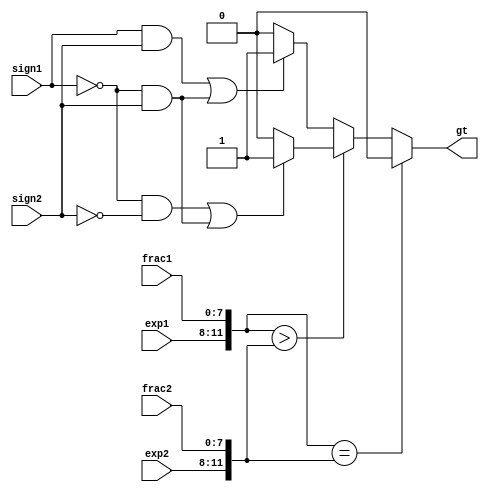
// Floating point greater-than circuit
// out == 1 when 1 > 2

module fp_gt
    (
    input  wire      sign1, sign2,
    input  wire[3:0] exp1,  exp2,
    input  wire[7:0] frac1, frac2,
    output reg       gt
    );

    // body
    always @*
    begin
        // sort input with greatest absolute value
        if ({exp1, frac1} == {exp2, frac2}) gt = 1'b0;
        else if ({exp1, frac1} > {exp2, frac2})
            begin
                if ((sign1 == 1'b0 && sign2 == 1'b0)
                     || (sign1 == 1'b0 && sign2 == 1'b1)) gt = 1'b1;
                else gt = 1'b0;
            end
        else
            begin
                if ((sign1 == 1'b1 && sign2 == 1'b1)
                     || (sign1 == 1'b0 && sign2 == 1'b1)) gt = 1'b1;
                else gt = 1'b0;
            end
    end

endmodule